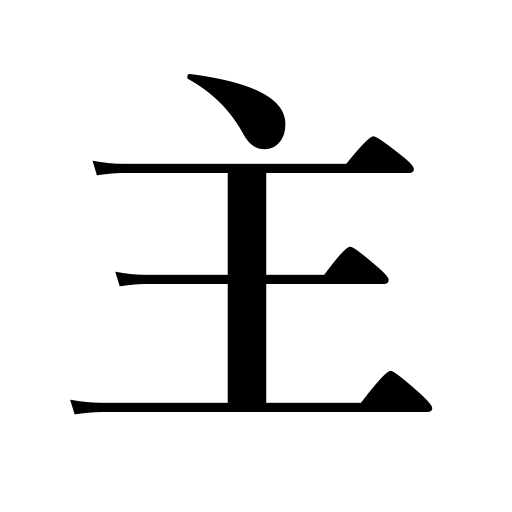
Meanings: master,you,lord,owner,lover,aim,Lord,main thing,employer,a god,husband,main